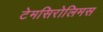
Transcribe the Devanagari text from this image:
टेमसिरोलिमस